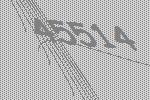
45514